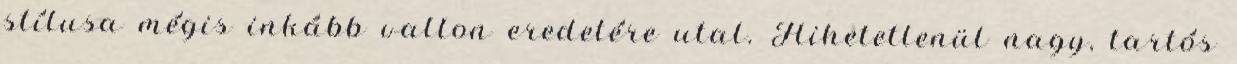
stílusa mégis inkább vallon eredetére utal. Hihetetlenül nagy, tartós